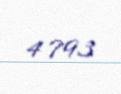
4 793